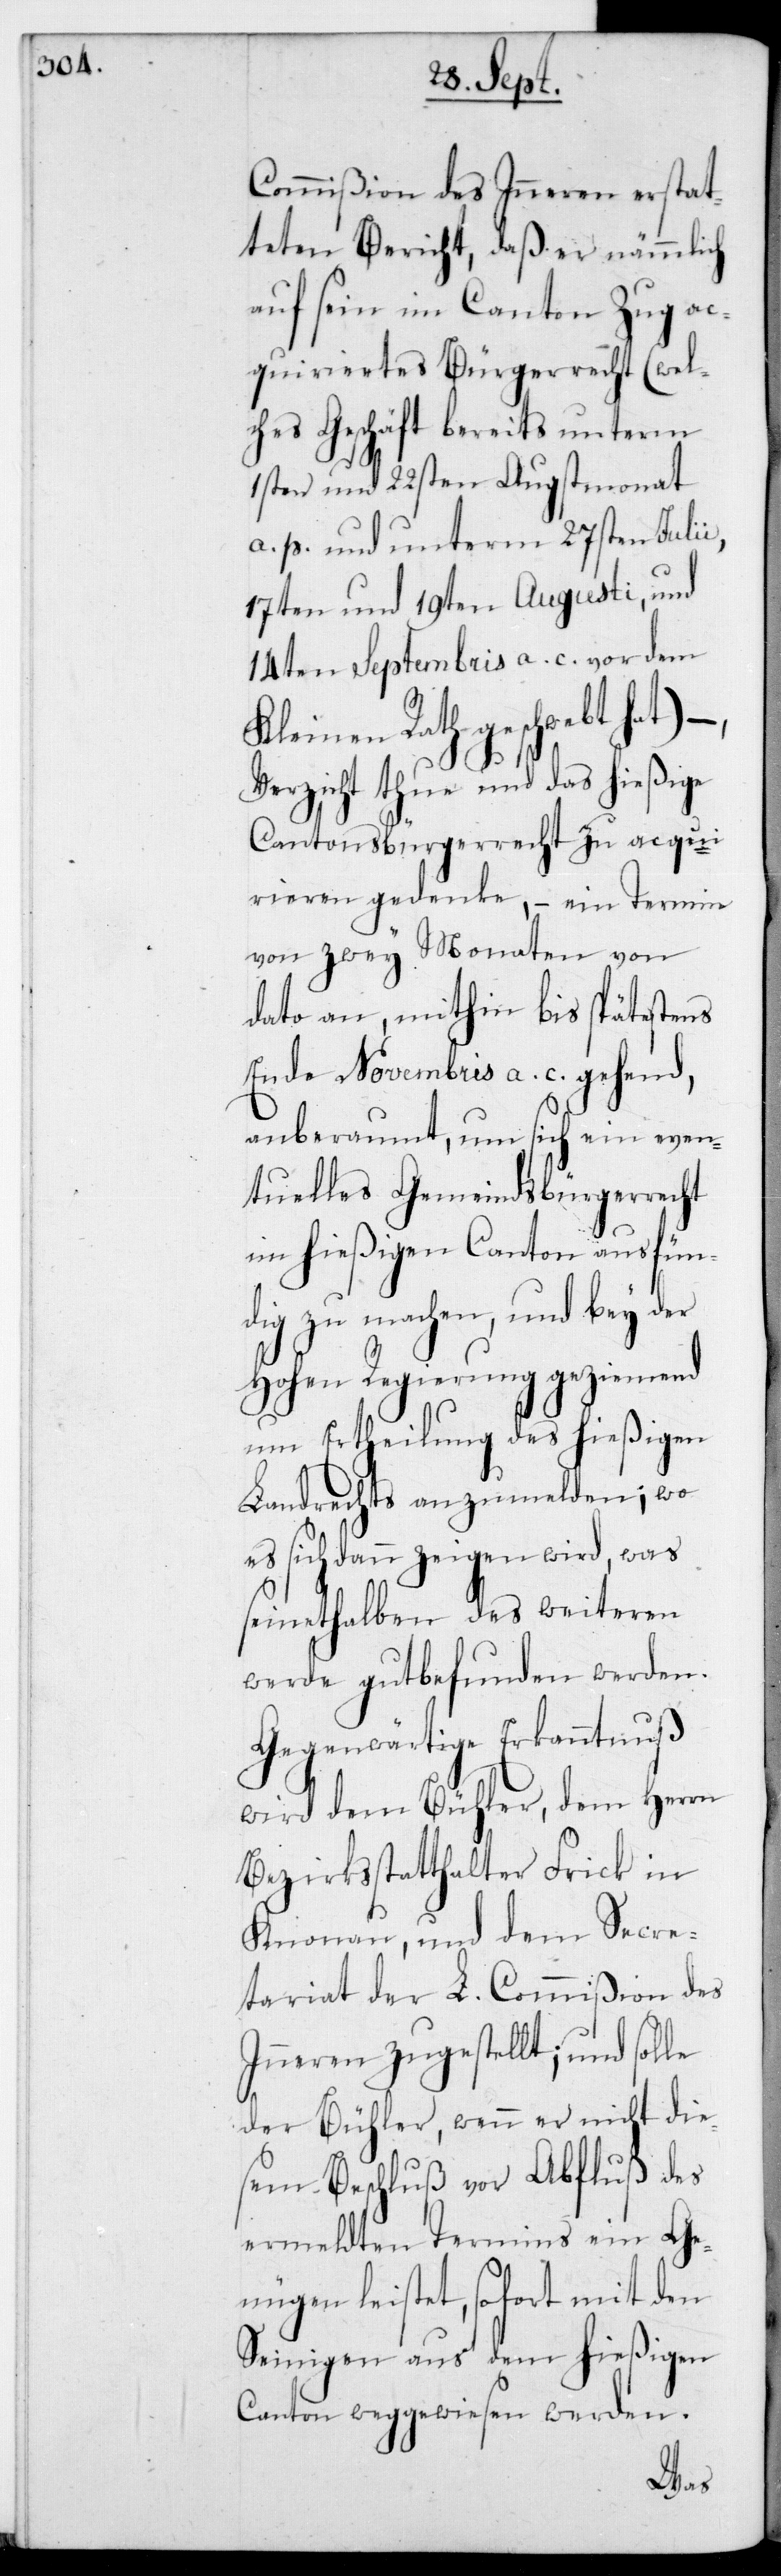
Commißion des Inneren erstat¬
teten Bericht, daß er nämmlich
auf sein im Canton Zug ac¬
quiriertes Bürgerrecht (wel¬
ches Geschäft bereits unterm
1sten und 22sten Augstmonat
a. p. und unterm 27sten Julii,
17ten und 19ten Augusti, und
14ten Septembris a. c. vor dem
Kleinen Rath geschwebt hat)
Verzicht thue und das hießige
Cantonsbürgerrecht zu acqui¬
rieren gedenke, – ein Termin
von zwey Monaten von
dato an, mithin bis spätestens
Ende Novembris a. c. gehend,
anberaumt, um sich ein even¬
tuelles Gemeindsbürgerrecht
im hießigen Canton ausfün¬
dig zu machen, und bey der
Hohen Regierung geziemend
um Ertheilung des hießigen
Landrechts anzumelden; wo
es sich dann zeigen wird, was
seinethalben des weiteren
werde gutbefunden werden.
Gegenwärtige Erkanntnuß
wird dem Bühler, dem Herrn
Bezirksstatthalter Frick in
Knonau und dem Secre¬
tariat der L. Commißion des
Inneren zugestellt; und solle
der Bühler, wenn er nicht die¬
sem Beschluß vor Abfluß des
ermeldten Termins ein Ge¬
nügen leistet, sofort mit den
Seinigen aus dem hießigen
Canton weggewiesen werden.